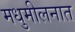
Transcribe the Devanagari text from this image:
मधुमीलनात